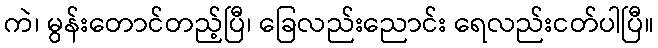
ကဲ၊ မွန်းတောင်တည့်ပြီ၊ ခြေလည်းညောင်း ရေလည်းငတ်ပါပြီ။